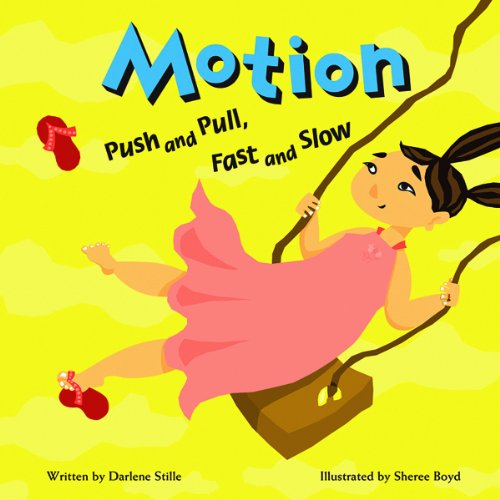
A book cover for Motion: Push and Pull, Fast and Slow (Amazing Science); Darlene R. Stille; Children's Books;